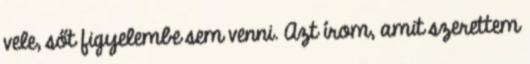
vele, sőt figyelembe sem venni. Azt írom, amit szerettem